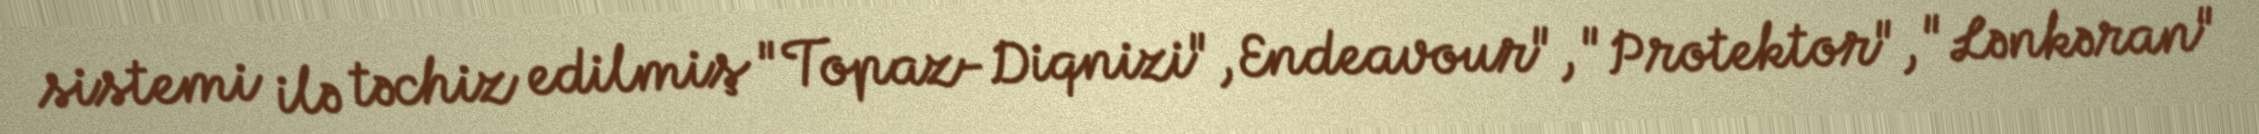
sistemi ilə təchiz edilmiş "Topaz-Diqnizi", Endeavour", "Protektor", "Lənkəran"